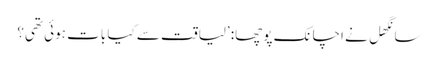
سانگھل نے اچانک پوچھا: ’لیاقت سے کیا بات ہوئی تھی؟